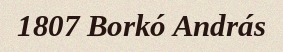
1807 Borkó András